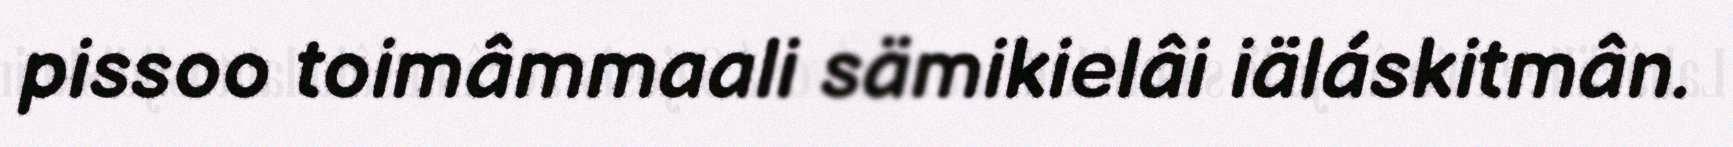
pissoo toimâmmaali sämikielâi iäláskitmân.